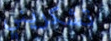
تشكريني